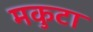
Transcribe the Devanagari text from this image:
मकुटा